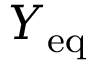
Y _ { \mathrm { e q } }